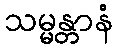
သမ္မန္တာနံ